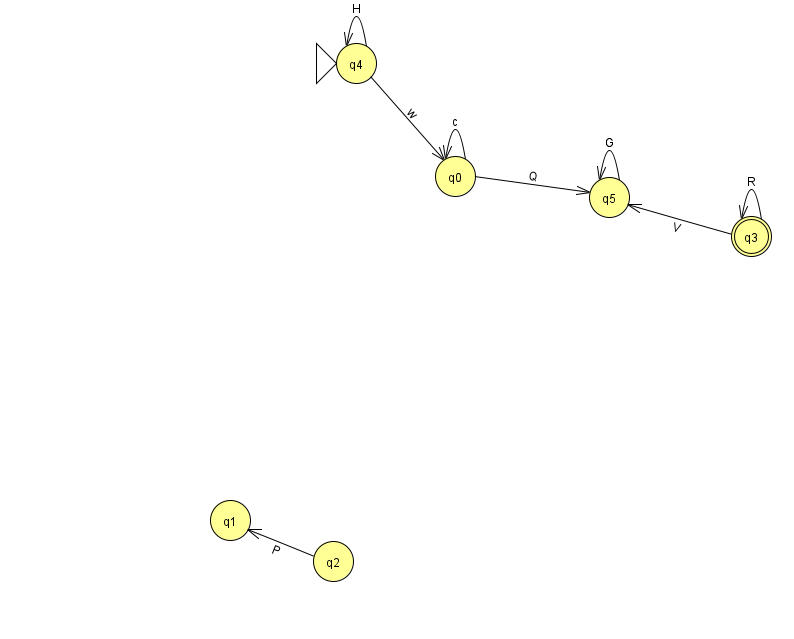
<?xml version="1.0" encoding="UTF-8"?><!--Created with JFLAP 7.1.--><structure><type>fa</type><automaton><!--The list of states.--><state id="0" name="q0"><x>455.0</x><y>163.0</y></state><state id="1" name="q1"><x>230.0</x><y>507.0</y></state><state id="2" name="q2"><x>333.0</x><y>548.0</y></state><state id="3" name="q3"><x>751.0</x><y>223.0</y><final/></state><state id="4" name="q4"><x>356.0</x><y>50.0</y><initial/></state><state id="5" name="q5"><x>609.0</x><y>184.0</y></state><!--The list of transitions.--><transition><from>3</from><to>3</to><read>R</read></transition><transition><from>0</from><to>0</to><read>c</read></transition><transition><from>4</from><to>0</to><read>w</read></transition><transition><from>0</from><to>5</to><read>Q</read></transition><transition><from>5</from><to>5</to><read>G</read></transition><transition><from>4</from><to>4</to><read>H</read></transition><transition><from>2</from><to>1</to><read>P</read></transition><transition><from>3</from><to>5</to><read>V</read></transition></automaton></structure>